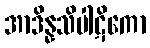
အာဒိန္နသိပါဋိကော